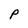
Character: p